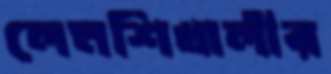
লেমশিখালীর